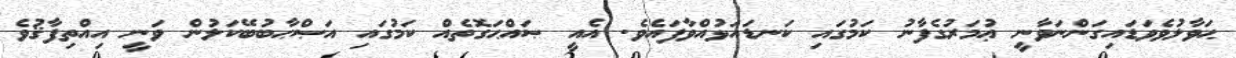
ޙަވާލުވެވަޑައިގަންނަވާނީ ޢުމަރުގެފާނު ކަމުގައި ކަނޑައަޅުއްވާފައެވެ. އެއީ ޞައްޙަގޮތެއް ކަމުގައި އަޞްޙާބުބޭކަލުން ވަނީ އިއްތިފާޤުވެ